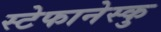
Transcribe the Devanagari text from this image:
स्टेफानेस्कु